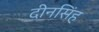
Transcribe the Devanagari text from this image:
दीनसिंह